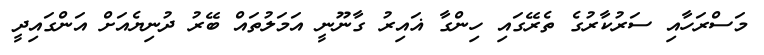
މަސްރަހާއި ސަރުކާރުގެ ތެރޭގައި ހިންގާ ޣައިރު ގާނޫނީ އަމަލުތައް ބޭރު ދުނިޔެއަށް އަންގައިދީ